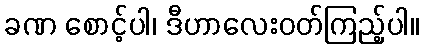
ခဏ စောင့်ပါ၊ ဒီဟာလေးဝတ်ကြည့်ပါ။